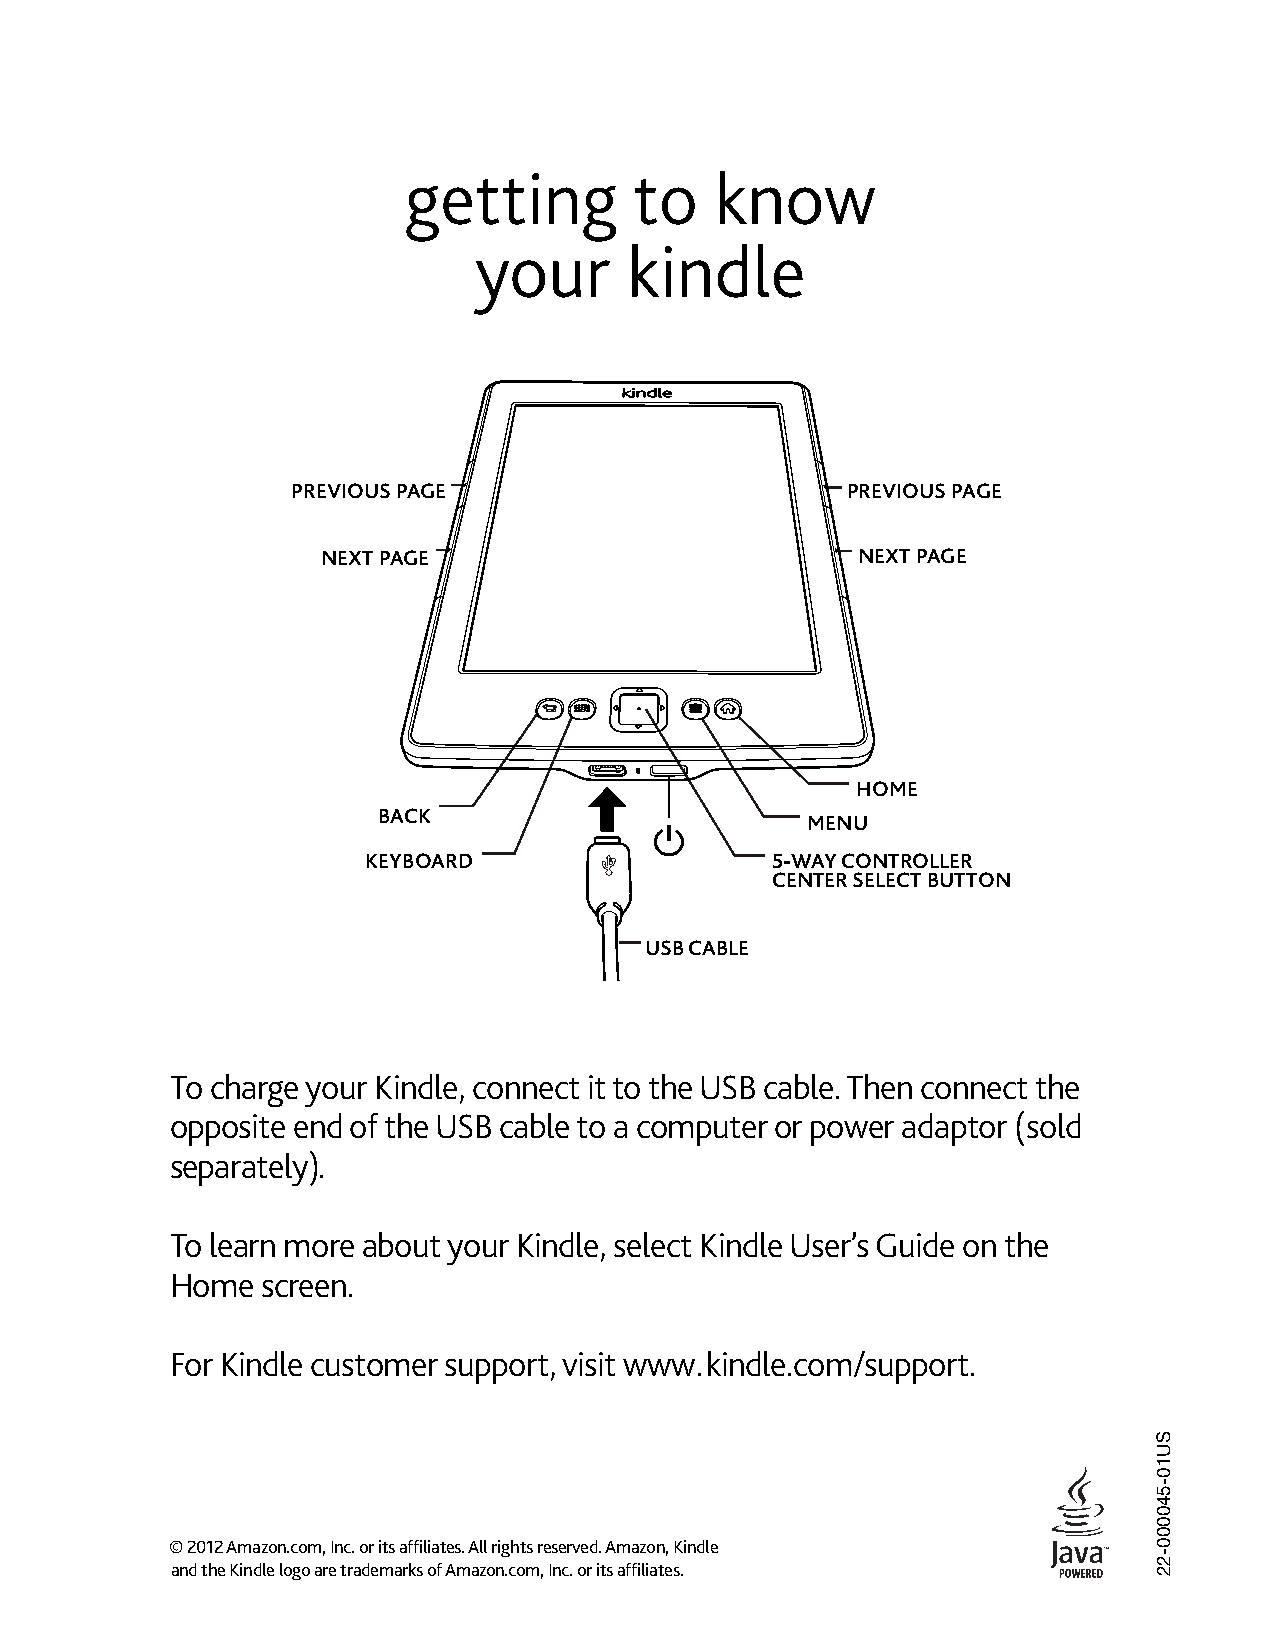
getting        to   know
 your       kindle
 PREVIOUS PAG E                       P REVIOUS PAGE
 NEXT PAG E                          N EXT PAGE
 HOM E
 BACK
 MEN U
 KEYBO ARD                  5-W AY CONTROLLER
 CENTER SELECT BUTTON
 USB CABLE
 To charge your Kindle, connect it to the USB cable. Then connect the
 opposite end of the USB cable to a computer or power adaptor (sold
 separately).
 To learn more about your Kindle, select Kindle User’s Guide on the
 Home  screen.
 For Kindle customer support, visit www.kindle.com/support.
 © 2012 Amazon.com, Inc. or its affiliates. All rights reserved. Amazon, Kindle
 and the Kindle logo are trademarks of Amazon.com, Inc. or its affiliates.
 SU10-540000-22